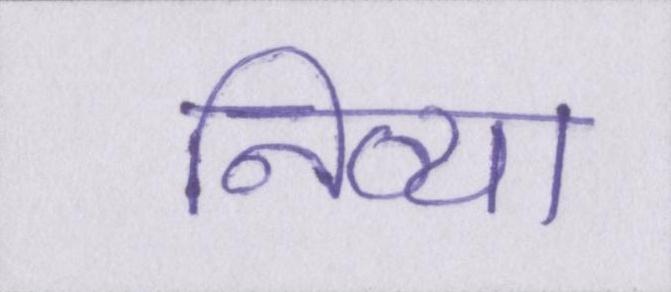
निव्या